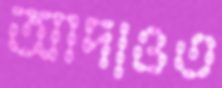
আদাওত